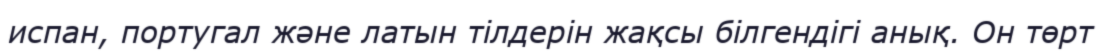
испан, португал және латын тілдерін жақсы білгендігі анық. Он төрт